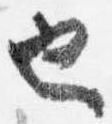
也